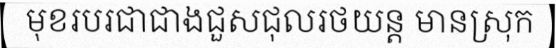
មុខរបរជាជាងជួសជុលរថយន្ត មានស្រុក